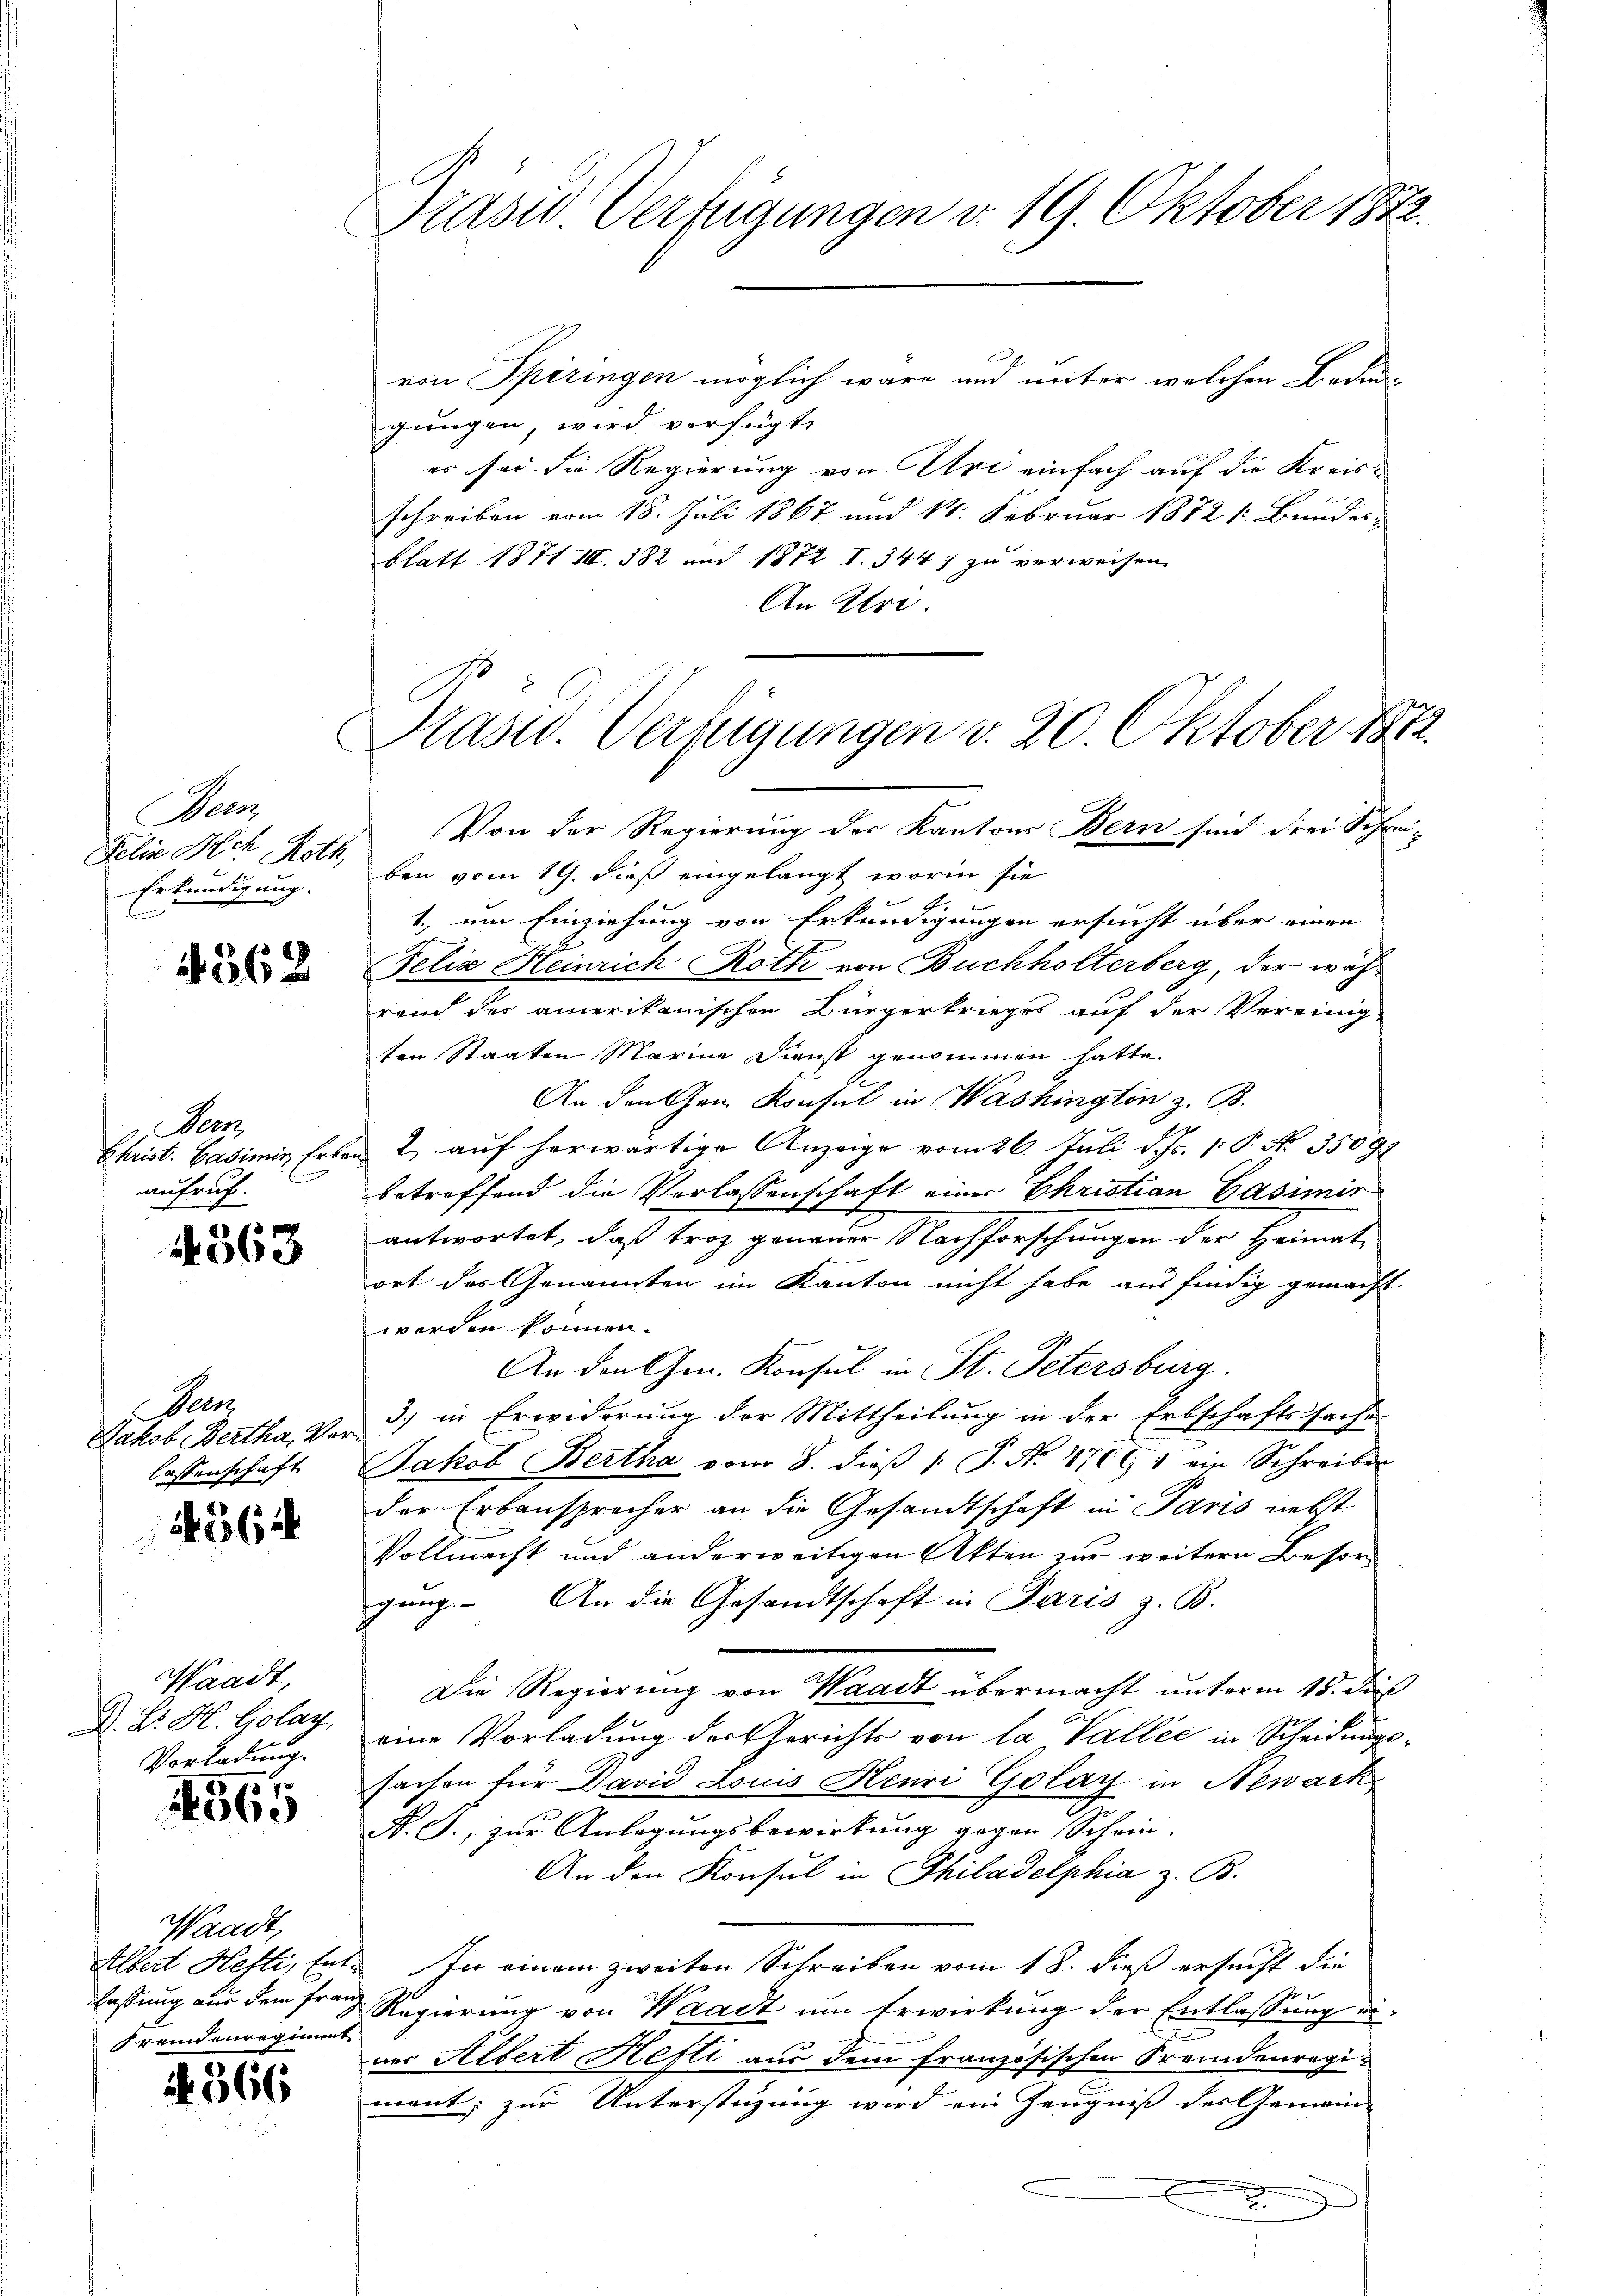
Bern,
Felix Ach Roth,
Erkundigung.
C

4362

Bern,
Christ. Casimir Erbe
aufruf.

4368

een
Jakob Bertha, Verlassenschaft

564

Waadt,
A. B. H. Golay
Vorladung.

1565

Waadt,
Albert Hefti, Entfassung aus dem Franz
Fremdenregiment

4. 566

Trase Verfügungen d. 19. Oktober 1822.

gungen, wird verfügte
es sei die Regierung von Art einfach auf die Kreisschreiben vom 18. Juli 1867 und 14. Februar 1872 1: Bundes-
blatt 1871 III. 382 und 1872 I. 344 zu verweisen.
An Uri.

von Spiringen möglich wäre und unter welchen Bedin-

Krasw. Verfügungen v. 20. Oktober 1872.

Von der Regierung des Kantons Bern sind drei Schrei-
ben vom 19. dieß eingelangt worin sie
1., um Einziehung von Erkundigungen ersucht über einen
Felix Heinrich Roth von Buchholterberg, der während der amerikanischen Bürgerkrieges auf der Vereinig-
ten Staaten Marine Dienst genommen hatte.
An den Gen Konsul in Washington z. B.
2. aŭf herwärtige Anzeige vom 26. Juli d. Js. 1. P. No. 35097
betreffend die Verlassenschaft einer Christian Casimir
antwortet, daß troz genauer Nachforschungen der Heimatort des Genannten im Kanton nicht habe ausfindig gemacht
werden können.
An den Gen. Konsul in St. Petersburg.
3) in Erwiderung der Mittheilung in der Erbschaftssache
u
Jakob Bertha vom 8. dieβ (: P. Nr. 1761 ein Schreiben
der Erbansprecher an die Gesandtschaft in Paris nebst
Vollmacht und anderweitigen Akten zur weitern Besorgung. An die Gesandtschaft in Paris z. B.
Die Regierung von Waadt übermacht unterm 15. dieß
eine Vorladung der Gerichts von la Vallee in Scheidungssachen für David Louis Henri Golay in Newark¬
N. J., zur Anlegungsbewirkung gegen Schein-
An den Konsul in Philadelphia z. B.
In einem zweiten Schreiben vom 18. dieß ersucht die
 Regierung von Waadt um Erwirkung der Entlassung einer Albert Hefti aus dem französischen Fremdenregiment; zur Unterstüzung wird ein Zeugniß des Gemein-
.